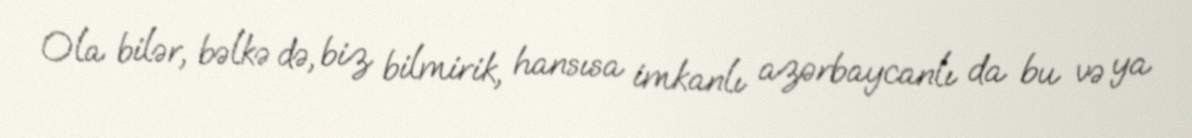
Ola bilər, bəlkə də, biz bilmirik, hansısa imkanlı azərbaycanlı da bu və ya